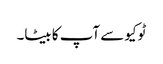
ٹوکیو سے آپ کا بیٹا۔